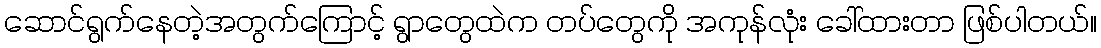
ဆောင်ရွက်နေတဲ့အတွက်ကြောင့် ရွာတွေထဲက တပ်တွေကို အကုန်လုံး ခေါ်ထားတာ ဖြစ်ပါတယ်။